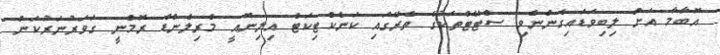
އޮބާމާ އަށް ލިބިވަޑައިގެންނެވި ސްޓޭޓްތަކުގެ ތެރޭގައި ކަނެކްޓިކަޓް އިލިނޮއީ މެރިލެންޑް ރޮމްނީ ގަވަރުނަރުކަން